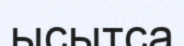
ысытса